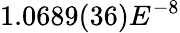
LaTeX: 1.0689(36)E^{-8}